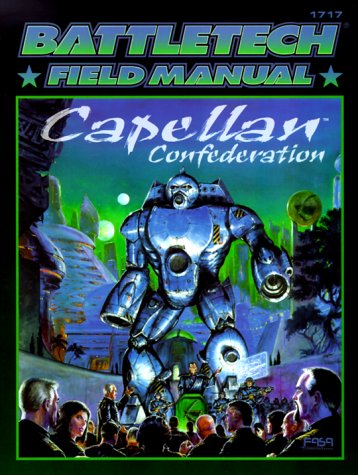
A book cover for Classic Battletech: Field Manual: Capellan Confederation (FAS1717); Loren L. Coleman; Science Fiction & Fantasy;